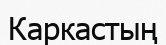
Каркастың